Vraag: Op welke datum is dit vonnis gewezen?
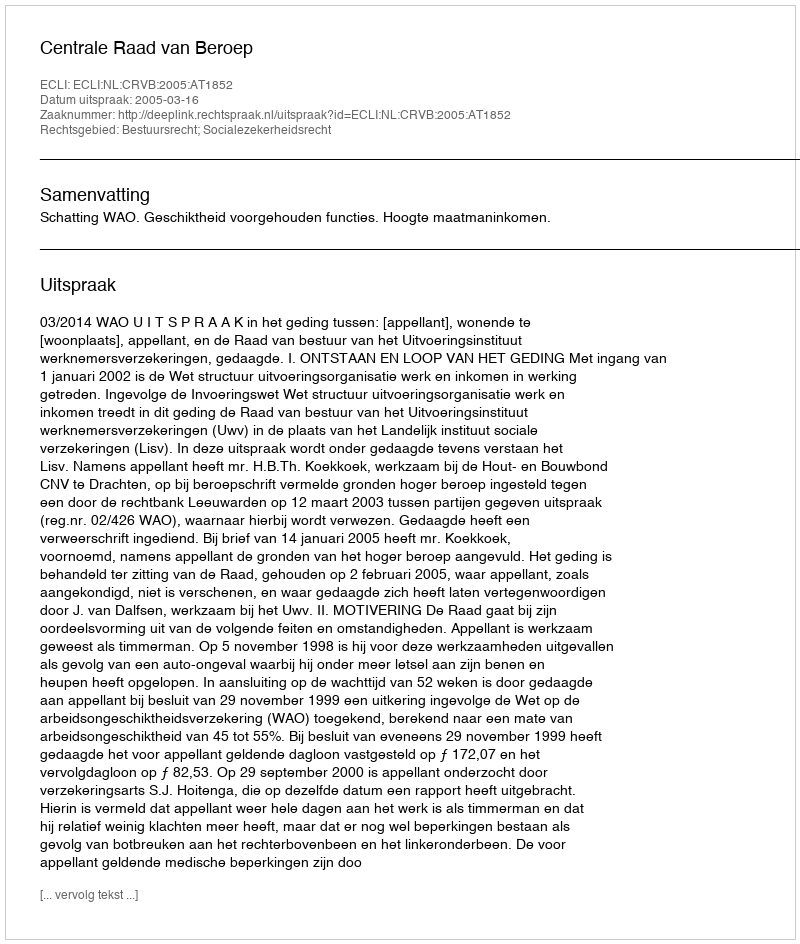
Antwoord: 2005-03-16